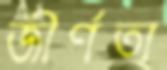
জীর্ণতা